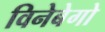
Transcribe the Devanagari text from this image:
विनेबेगो